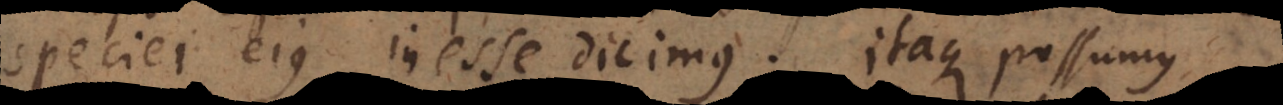
speciei ejus inesse dicimus. Itaque possumus